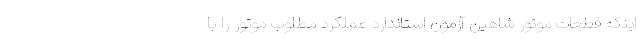
اينكه قطعات موتور شاهين آزمون استاندارد عملکرد مطلوب موتور را با